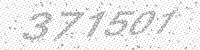
Solution: 371501